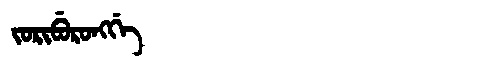
Manchu: ᠵᠣᡵᡳᠪᡠᡵᠣᠩᡤᡝ
Romanization: JORIBURONGGE